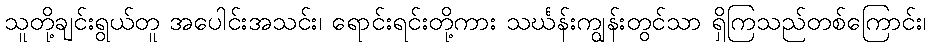
သူတို့ချင်းရွယ်တူ အပေါင်းအသင်း၊ ရောင်းရင်းတို့ကား သင်္ဃန်းကျွန်းတွင်သာ ရှိကြသည်တစ်ကြောင်း၊